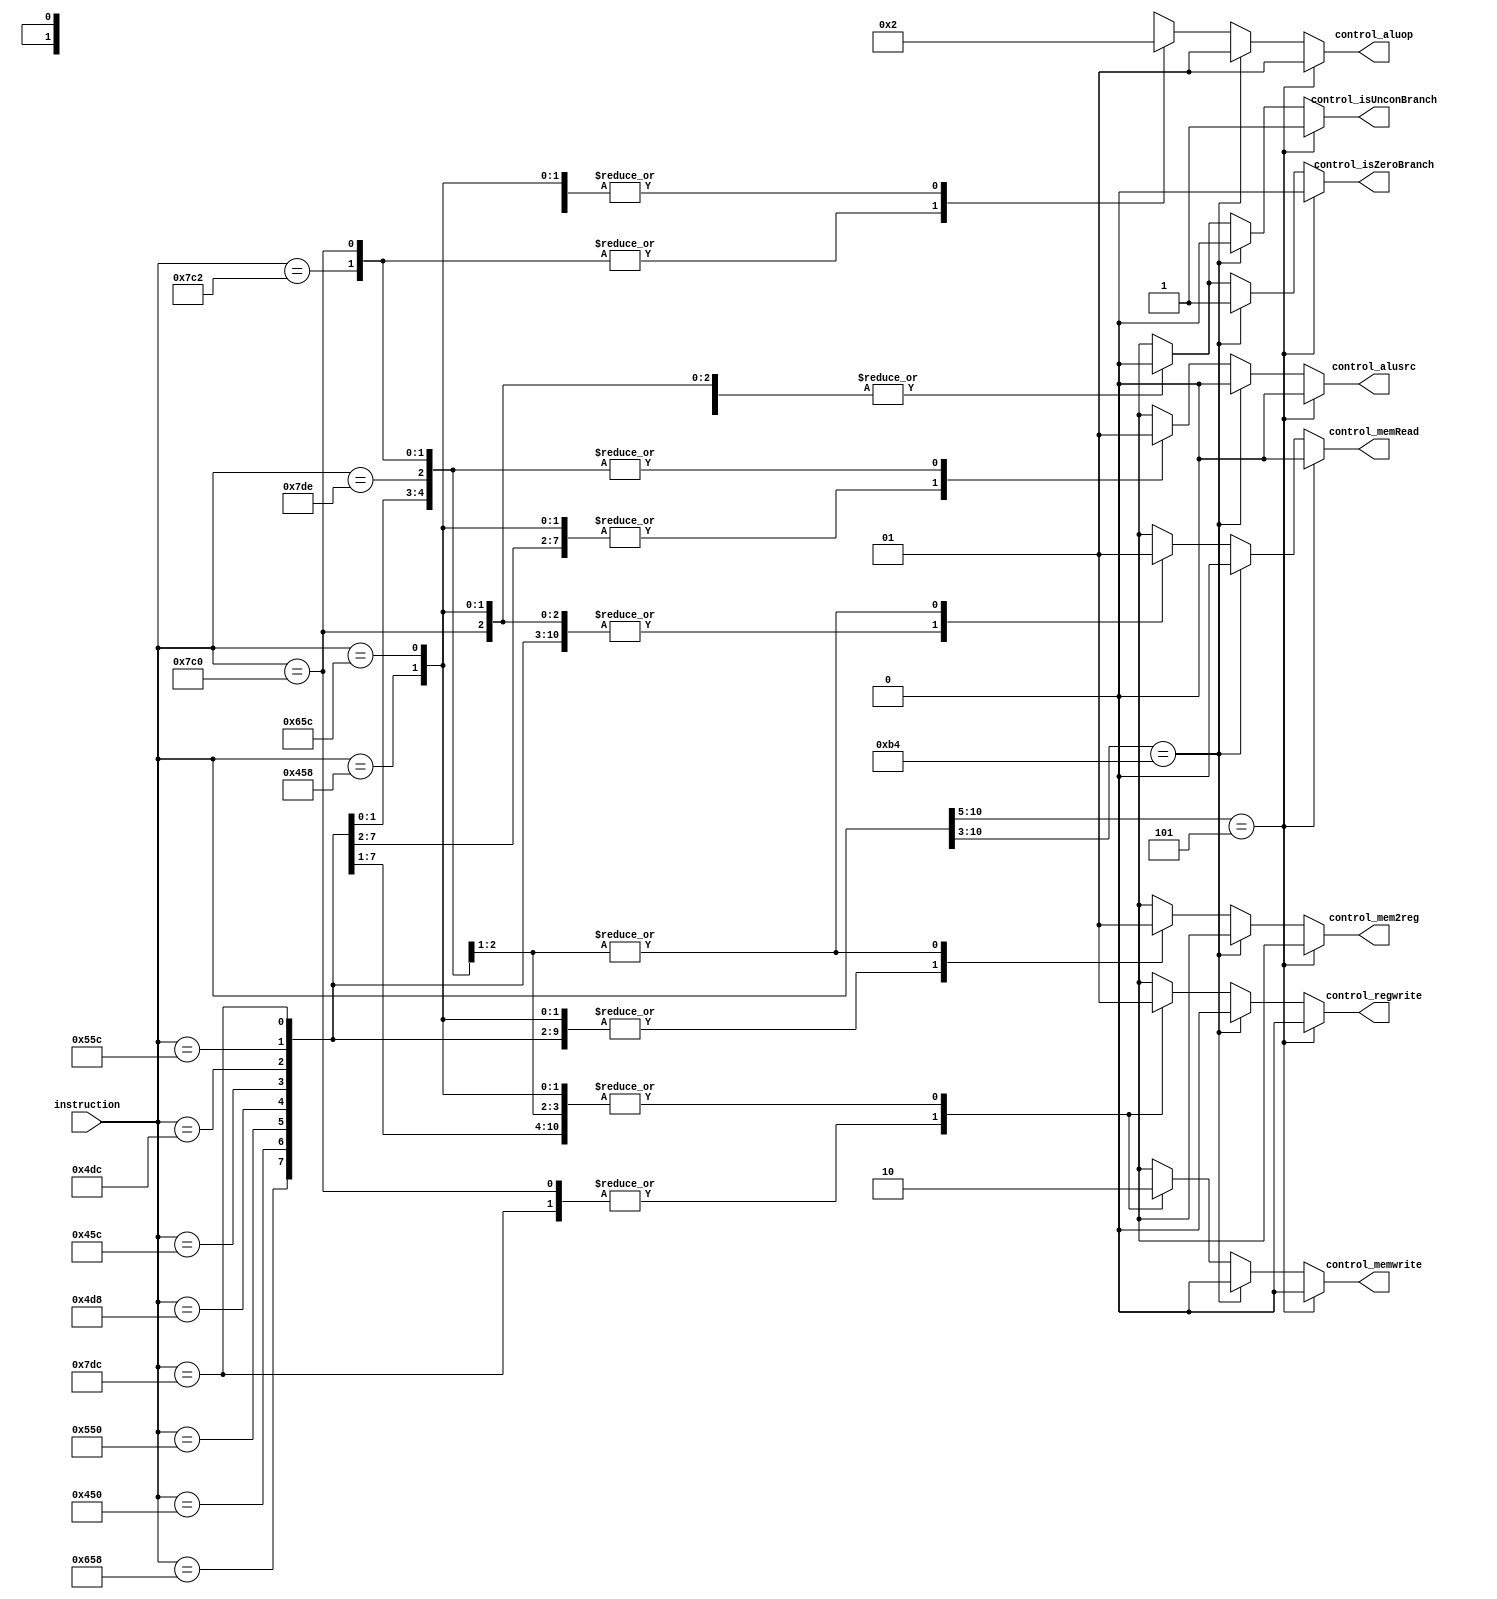
module ARM_Control
(
  input [10:0] instruction,
  output reg [1:0] control_aluop,
  output reg control_alusrc,
  output reg control_isZeroBranch,
  output reg control_isUnconBranch,
  output reg control_memRead,
  output reg control_memwrite,
  output reg control_regwrite,
  output reg control_mem2reg
);

  always @(instruction) begin
    /* B */
    if (instruction[10:5] == 6'b000101) begin
      control_mem2reg <= 1'bx;
      control_memRead <= 1'b0;
      control_memwrite <= 1'b0;
      control_alusrc <= 1'b0;
      control_aluop <= 2'b01;
      control_isZeroBranch <= 1'b0;
      control_isUnconBranch <= 1'b1;
      control_regwrite <= 1'b0;
    end

    /* CBZ */
    else if (instruction[10:3] == 8'b10110100) begin
      control_mem2reg <= 1'bx;
      control_memRead <= 1'b0;
      control_memwrite <= 1'b0;
      control_alusrc <= 1'b0;
      control_aluop <= 2'b01;
      control_isZeroBranch <= 1'b1;
      control_isUnconBranch <= 1'b0;
      control_regwrite <= 1'b0;
    end

    /* R-Type Instructions */
    else begin
      control_isZeroBranch <= 1'b0;
      control_isUnconBranch <= 1'b0;

      case (instruction[10:0])

        /* LDUR */
        11'b11111000010 : begin
          control_mem2reg <= 1'b1;
          control_memRead <= 1'b1;
          control_memwrite <= 1'b0;
          control_alusrc <= 1'b1;
          control_aluop <= 2'b00;
          control_regwrite <= 1'b1;
        end

        /* STUR */
        11'b11111000000 : begin
          control_mem2reg <= 1'bx;
          control_memRead <= 1'b0;
          control_memwrite <= 1'b1;
          control_alusrc <= 1'b1;
          control_aluop <= 2'b00;
          control_regwrite <= 1'b0;
        end

        /* ADD */
        11'b10001011000 : begin
          control_mem2reg <= 1'b0;
          control_memRead <= 1'b0;
          control_memwrite <= 1'b0;
          control_alusrc <= 1'b0;
          control_aluop <= 2'b10;
          control_regwrite <= 1'b1;
        end

        /* SUB */
        11'b11001011000 : begin
          control_mem2reg <= 1'b0;
          control_memRead <= 1'b0;
          control_memwrite <= 1'b0;
          control_alusrc <= 1'b0;
          control_aluop <= 2'b10;
          control_regwrite <= 1'b1;
        end

        /* AND */
        11'b10001010000 : begin
          control_mem2reg <= 1'b0;
          control_memRead <= 1'b0;
          control_memwrite <= 1'b0;
          control_alusrc <= 1'b0;
          control_aluop <= 2'b10;
          control_regwrite <= 1'b1;
        end

        /* ORR */
        11'b10101010000 : begin
          control_mem2reg <= 1'b0;
          control_memRead <= 1'b0;
          control_memwrite <= 1'b0;
          control_alusrc <= 1'b0;
          control_aluop <= 2'b10;
          control_regwrite <= 1'b1;
        end

        /* MUL */
        11'b10011011000 : begin
          control_mem2reg <= 1'b0;
          control_memRead <= 1'b0;
          control_memwrite <= 1'b0;
          control_alusrc <= 1'b0;
          control_aluop <= 2'b10;
          control_regwrite <= 1'b1;
        end

        /* MOV */
        11'b10101010000 : begin
          control_mem2reg <= 1'b0;
          control_memRead <= 1'b0;
          control_memwrite <= 1'b0;
          control_alusrc <= 1'b0;
          control_aluop <= 2'b10;
          control_regwrite <= 1'b1;
        end

        /* VADD */
        11'b10001011100 : begin
          control_mem2reg <= 1'b0;
          control_memRead <= 1'b0;
          control_memwrite <= 1'b0;
          control_alusrc <= 1'b0;
          control_aluop <= 2'b10;
          control_regwrite <= 1'b1;
        end

        /* VSUB */
        11'b11001011100 : begin
          control_mem2reg <= 1'b0;
          control_memRead <= 1'b0;
          control_memwrite <= 1'b0;
          control_alusrc <= 1'b0;
          control_aluop <= 2'b10;
          control_regwrite <= 1'b1;
        end

        /* VMUL */
        11'b10011011100 : begin
          control_mem2reg <= 1'b0;
          control_memRead <= 1'b0;
          control_memwrite <= 1'b0;
          control_alusrc <= 1'b0;
          control_aluop <= 2'b10;
          control_regwrite <= 1'b1;
        end

        /* VMOV */
        11'b10101011100 : begin
          control_mem2reg <= 1'b0;
          control_memRead <= 1'b0;
          control_memwrite <= 1'b0;
          control_alusrc <= 1'b1;
          control_aluop <= 2'b10;
          control_regwrite <= 1'b1;
        end

        /* VST1 */
        11'b11111011100 : begin
          control_mem2reg <= 1'b0;
          control_memRead <= 1'b0;
          control_memwrite <= 1'b1;
          control_alusrc <= 1'b1;
          control_aluop <= 2'b10;
          control_regwrite <= 1'b0;
        end

        /* VLD1 */
        11'b11111011110 : begin
          control_mem2reg <= 1'b1;
          control_memRead <= 1'b1;
          control_memwrite <= 1'b0;
          control_alusrc <= 1'b1;
          control_aluop <= 2'b10;
          control_regwrite <= 1'b1;
        end


        default : begin
          control_isZeroBranch <= 1'bx;
      	  control_isUnconBranch <= 1'bx;
          control_mem2reg <= 1'bx;
          control_memRead <= 1'bx;
          control_memwrite <= 1'bx;
          control_alusrc <= 1'bx;
          control_aluop <= 2'bxx;
          control_regwrite <= 1'bx;
        end
      endcase
    end
  end
endmodule